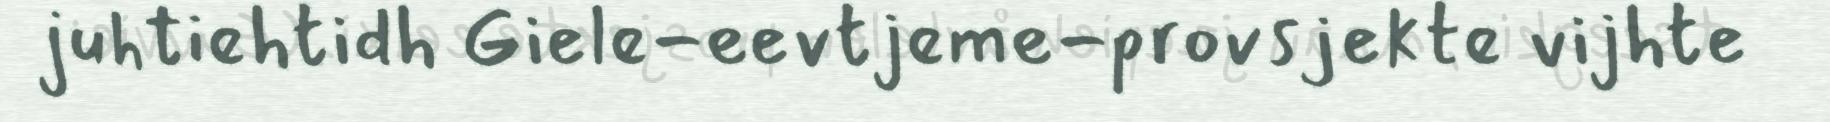
juhtiehtidh Giele-eevtjeme-provsjekte vijhte